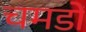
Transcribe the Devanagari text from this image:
चमडों